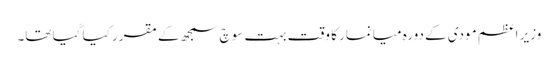
وزیر اعظم مودی کے دورہ میانمار کا وقت بہت سوچ سمجھ کے مقرر کیا گیا تھا۔